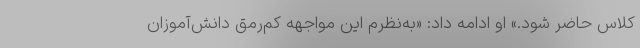
کلاس حاضر شود.» او ادامه داد: «‌به‌نظرم این مواجهه کم‌رمق دانش‌آموزان